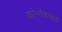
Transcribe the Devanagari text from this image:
फोन्सेकाकडे